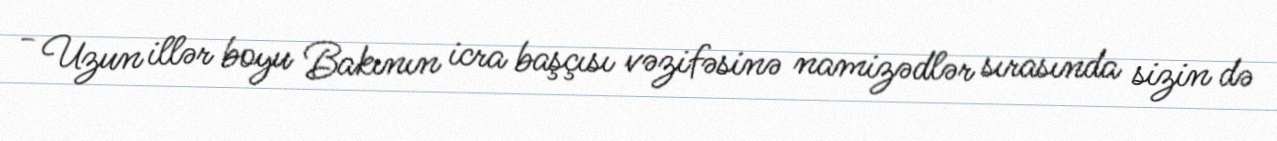
- Uzun illər boyu Bakının icra başçısı vəzifəsinə namizədlər sırasında sizin də